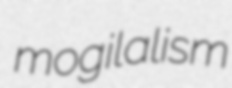
mogilalism